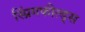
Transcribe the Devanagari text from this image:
स्प्रिंगफील्ड्स